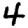
Digit: 4